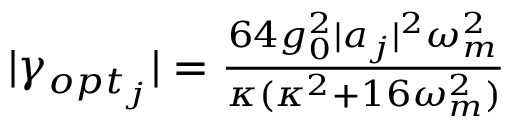
\begin{array} { r } { | \gamma _ { o p t _ { j } } | = \frac { 6 4 g _ { 0 } ^ { 2 } | a _ { j } | ^ { 2 } \omega _ { m } ^ { 2 } } { \kappa ( \kappa ^ { 2 } + 1 6 \omega _ { m } ^ { 2 } ) } } \end{array}